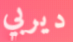
ديربي